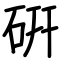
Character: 硏